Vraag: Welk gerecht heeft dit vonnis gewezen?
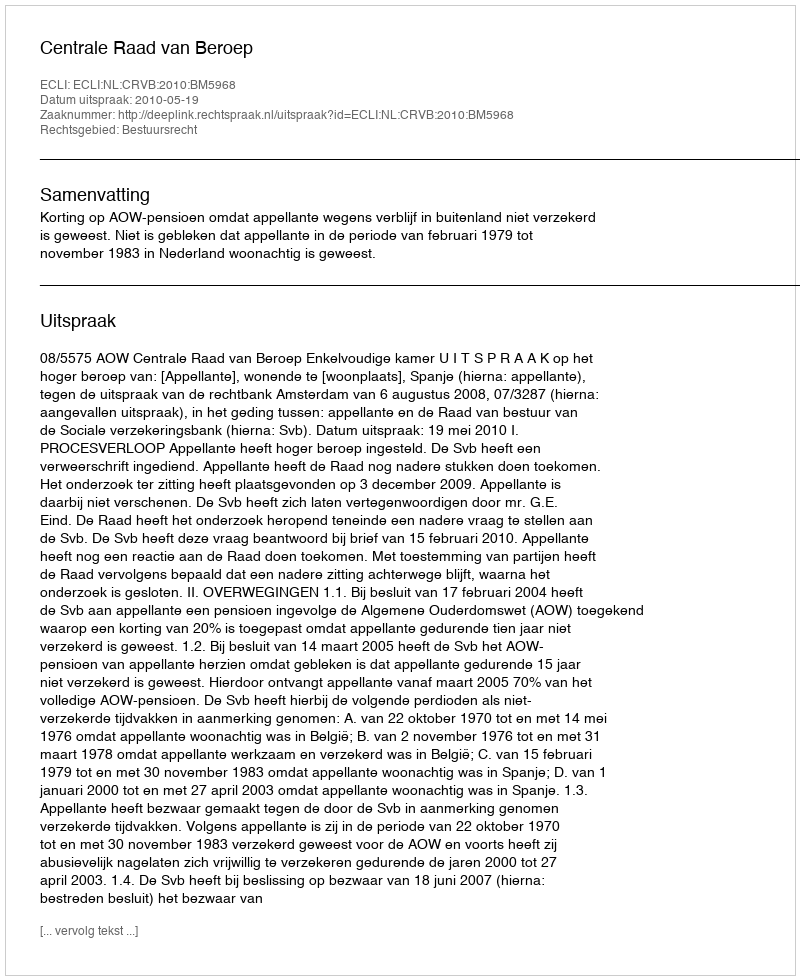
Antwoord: Centrale Raad van Beroep